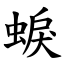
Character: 蜧